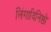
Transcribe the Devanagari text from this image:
लिंगादिनिष्ठो